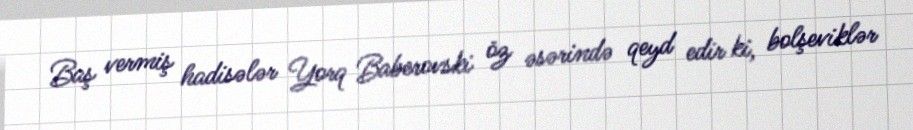
Baş vermiş hadisələr Yorq Baberovski öz əsərində qeyd edir ki, bolşeviklər